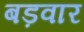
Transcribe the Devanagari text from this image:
बड़वार